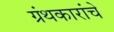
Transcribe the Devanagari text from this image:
ग्रंथकारांचे